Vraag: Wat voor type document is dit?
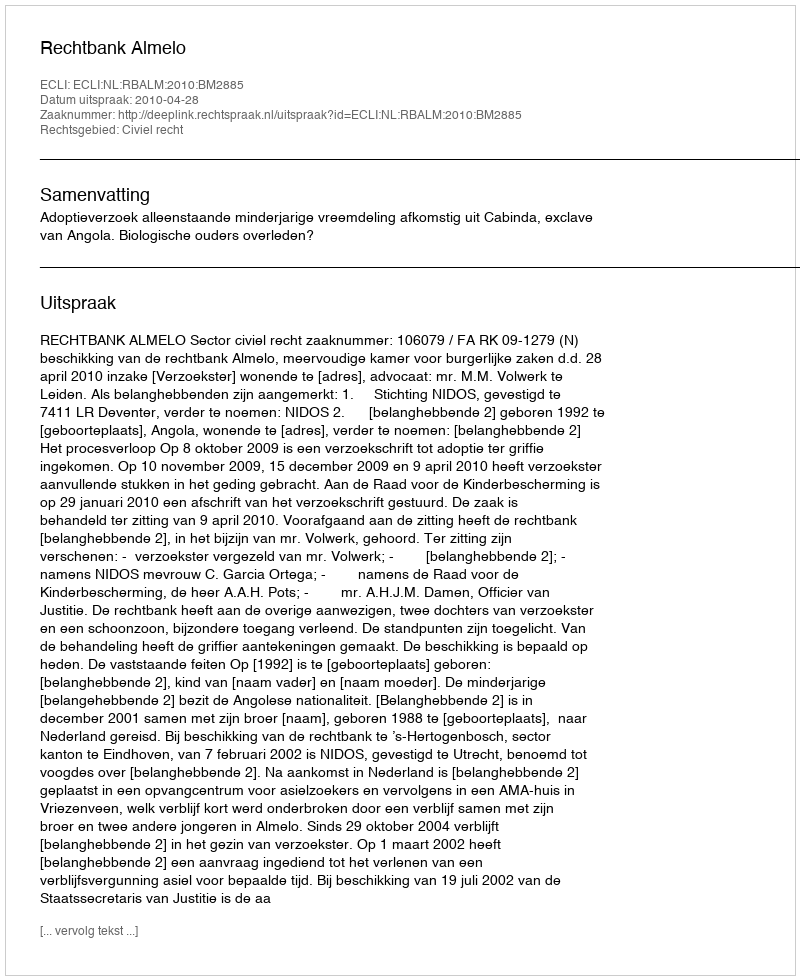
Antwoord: Uitspraak